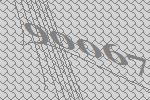
90067